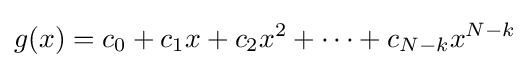
g(x)=c_{0}+c_{1}x+c_{2}x^{2}+\dots +c_{N-k}x^{N-k}